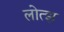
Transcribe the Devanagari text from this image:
लोत्झ